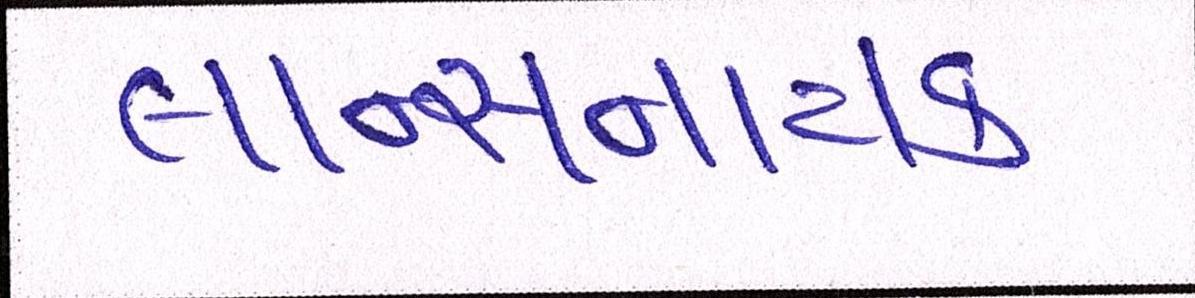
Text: લાન્સનાયક